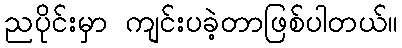
ညပိုင်းမှာ ကျင်းပခဲ့တာဖြစ်ပါတယ်။